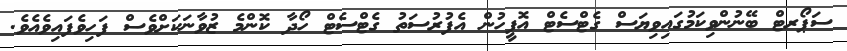
ސަޕޯރޓް ބޭނުންވިކަމުގައިވިޔަސް ގެޓްސެޓް އޮފީހުން އެފުރުސަތު ގެޓްސެޓް ހޯދާ ކޮންމެ ޒުވާނަކަށްވެސް ފަހިވެފައިވެއެވެ.